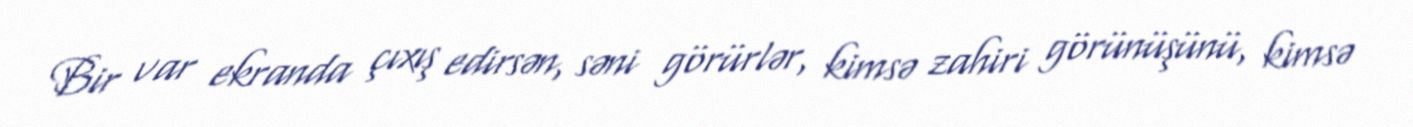
Bir var ekranda çıxış edirsən, səni görürlər, kimsə zahiri görünüşünü, kimsə